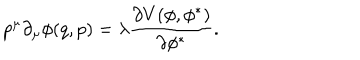
LaTeX: p ^ { \mu } \partial _ { \mu } \phi ( q , p ) = \lambda \frac { \partial V ( \phi , \phi ^ { \ast } ) } { \partial \phi ^ { \ast } } .